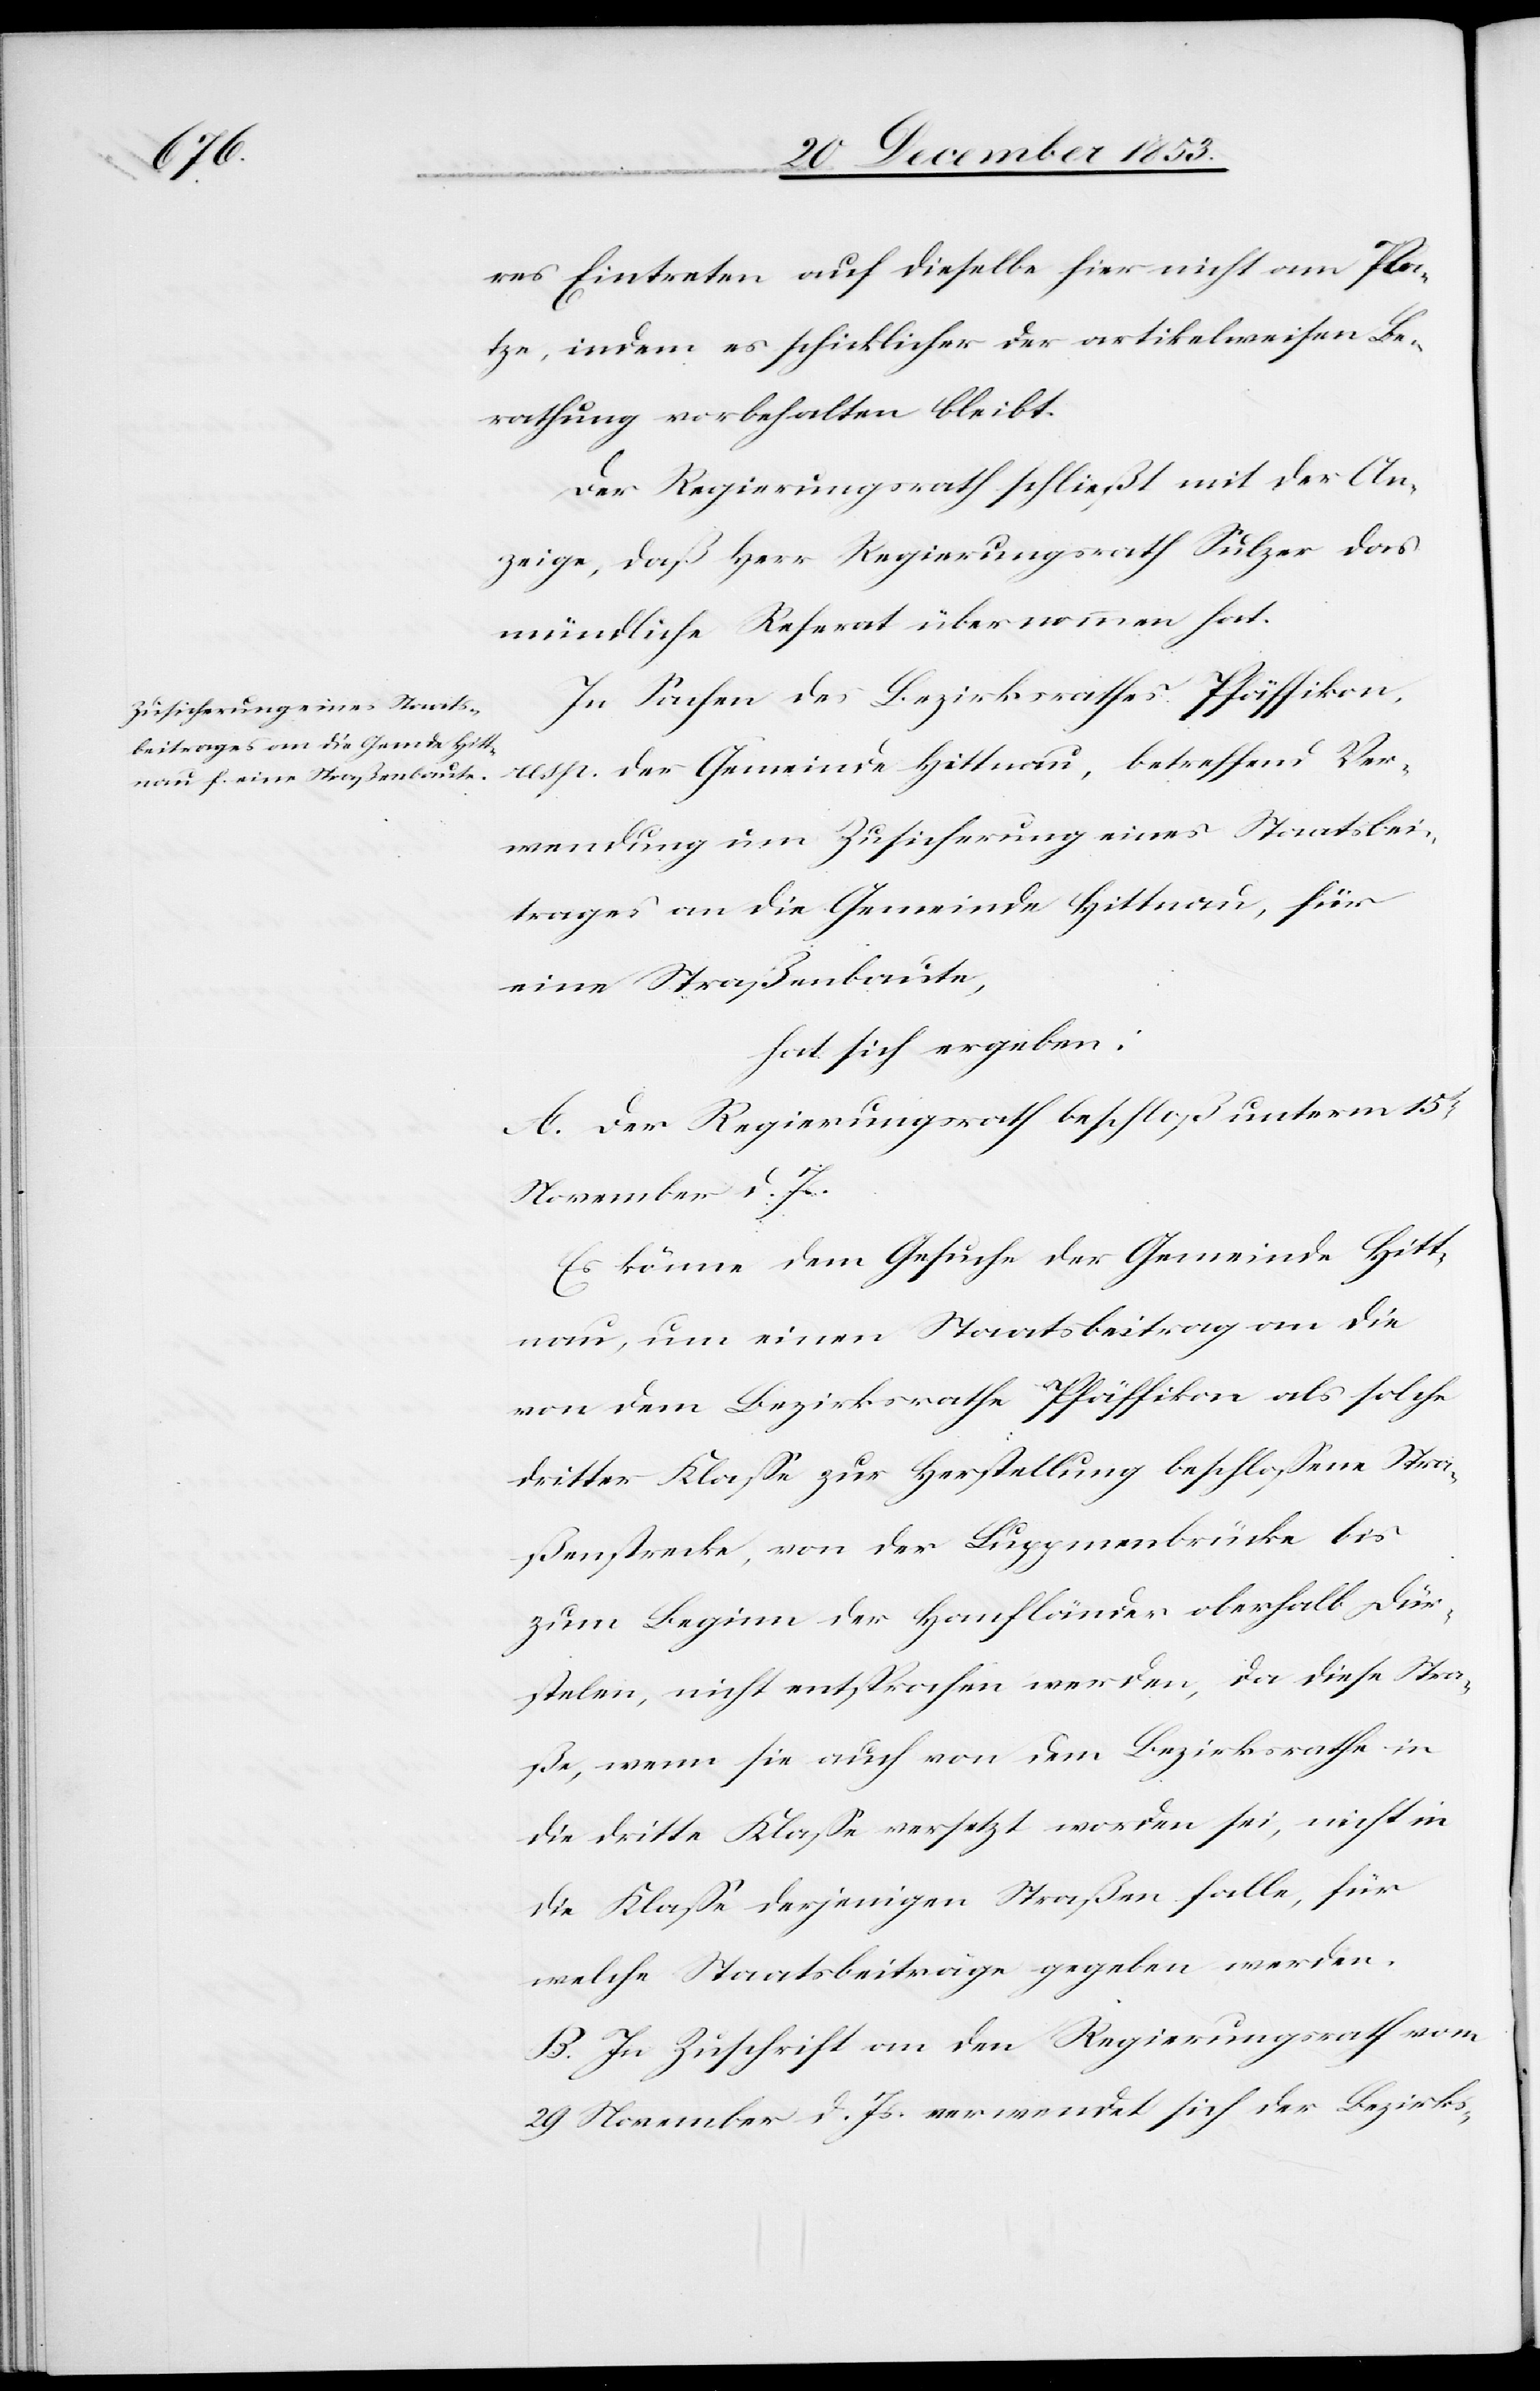
res Eintreten auf dieselbe hier nicht am Pla¬
tze, indem es schicklicher der artikelweisen Be¬
rathung vorbehalten bleibt.
Der Regierungsrath schließt mit der An¬
zeige, daß Herr Regierungsrath Sulzer das
mündliche Referat übernommen hat.
In Sachen des Bezirksrathes Pfäffikon,
resp. der Gemeinde Hittnau, betreffend Ver¬
wendung um Zusicherung eines Staatsbei¬
trages an die Gemeinde Hittnau, für
eine Straßenbaute,
hat sich ergeben:
A. Der Regierungsrath beschloß unterm 15t
November d. Js.
Es könne dem Gesuche der Gemeinde Hitt¬
nau, um einen Staatsbeitrag an die
von dem Bezirksrathe Pfäffikon als solche
dritter Klaße zur Herstellung beschloßene Stra¬
ßenstrecke, von der Luggmenbrücke bis
zum Beginn der Hanfländer, oberhalb Dür¬
stelen, nicht entsprochen werden, da diese Stra¬
ße, wenn sie auch von dem Bezirksrathe in
die dritte Klaße versetzt worden sei, nicht in
die Klaße derjenigen Straßen falle, für
welche Staatsbeiträge gegeben werden.
B. In Zuschrift an den Regierungsrath vom
29 November d. Js. verwendet sich der Bezirks-